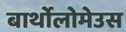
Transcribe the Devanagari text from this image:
बार्थोलोमेउस